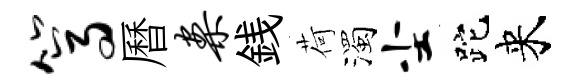
篙曆案銭荷濁尘跎来